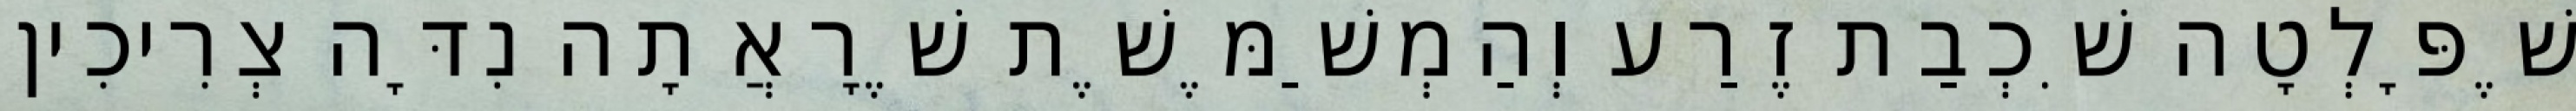
שֶׁפָּלְטָה שִׁכְבַת זֶרַע וְהַמְשַׁמֶּשֶׁת שֶׁרָאֲתָה נִדָּה צְרִיכִין